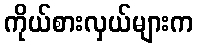
ကိုယ်စားလှယ်များက